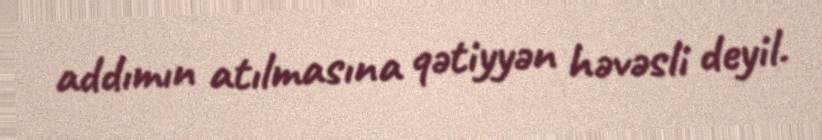
addımın atılmasına qətiyyən həvəsli deyil.